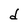
Character: d